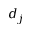
d _ { j }